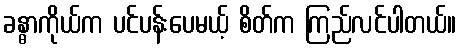
ခန္ဓာကိုယ်က ပင်ပန်းပေမယ့် စိတ်က ကြည်လင်ပါတယ်။